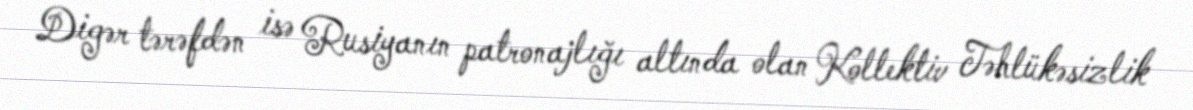
Digər tərəfdən isə Rusiyanın patronajlığı altında olan Kollektiv Təhlükəsizlik